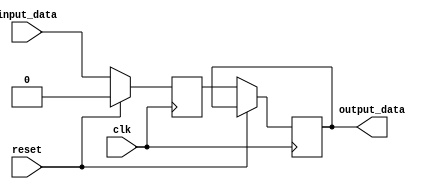
module IO_Block_Highspeed_Buffer (
    input wire clk,
    input wire reset,
    input wire input_data,
    output reg output_data
);

reg buffer;

always @(posedge clk) begin
    if (reset) begin
        buffer <= 0;
    end else begin
        buffer <= input_data;
        output_data <= buffer;
    end
end
    
endmodule